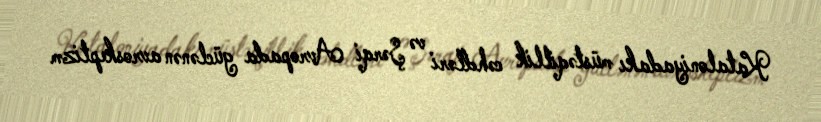
Kataloniyadakı müstəqillik cəhdləri və Şərqi Avropada güclənən avroskeptizm